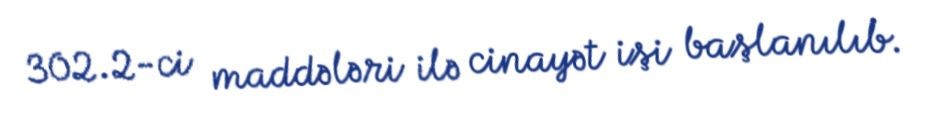
302.2-ci maddələri ilə cinayət işi başlanılıb.